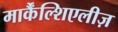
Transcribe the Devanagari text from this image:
मार्कैंल्शिएलीज़